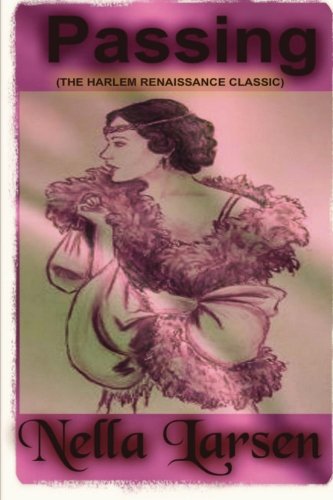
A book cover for Passing: a novel; Nella Larsen; Literature & Fiction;